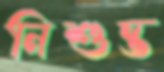
নিশুম্ভ